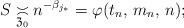
LaTeX: \begin{align*}S \underset{\mathfrak{Z}_0}{\asymp} n^{‐\beta_{j_*}} = \varphi(t_n, \, m_n, \, n); \end{align*}